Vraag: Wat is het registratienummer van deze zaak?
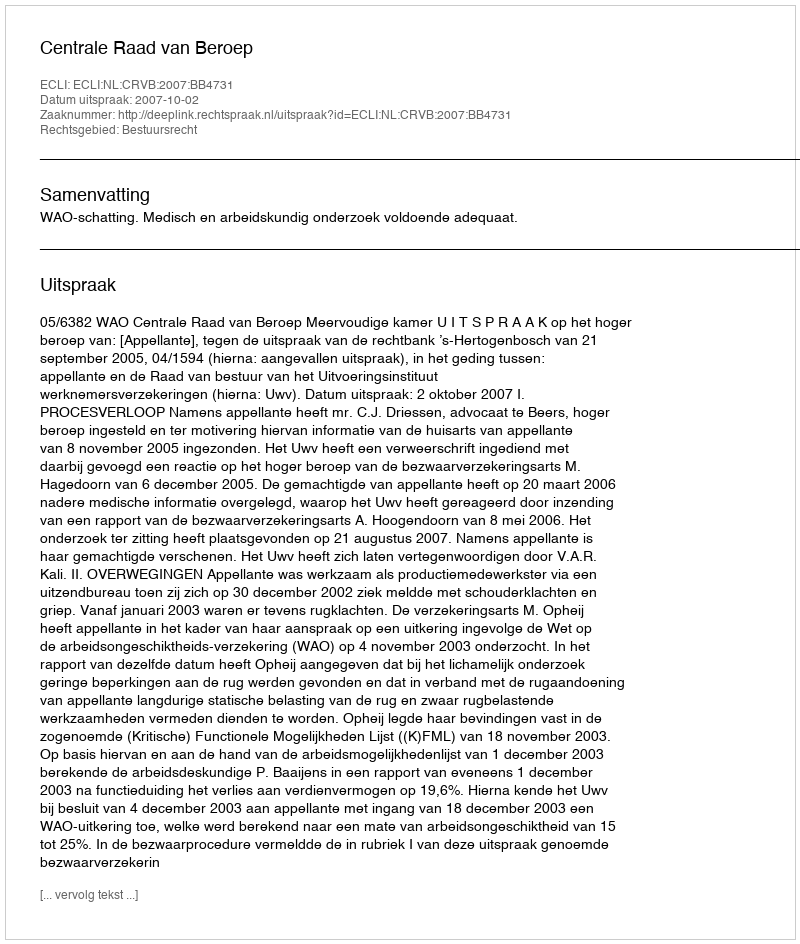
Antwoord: http://deeplink.rechtspraak.nl/uitspraak?id=ECLI:NL:CRVB:2007:BB4731